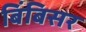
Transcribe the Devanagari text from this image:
बिंबिसर